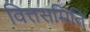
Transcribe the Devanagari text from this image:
वित्तसमिति